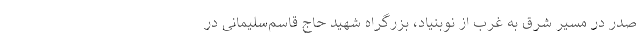
صدر در مسیر شرق به غرب از نوبنیاد، بزرگراه شهید حاج قاسم‌سلیمانی در